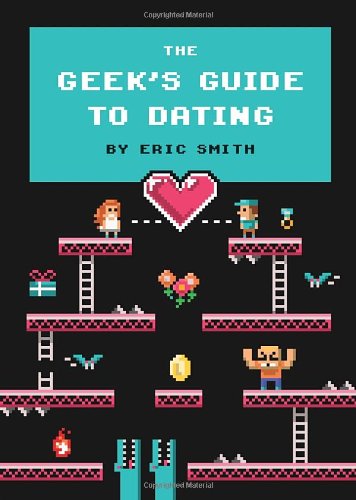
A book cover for The Geek's Guide to Dating; Eric Smith; Humor & Entertainment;